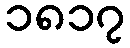
၁၈၁၇